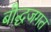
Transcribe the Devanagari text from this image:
बौद्धजगत